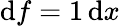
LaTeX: {\mathrm{d}}f=1\, {\mathrm{d}}x